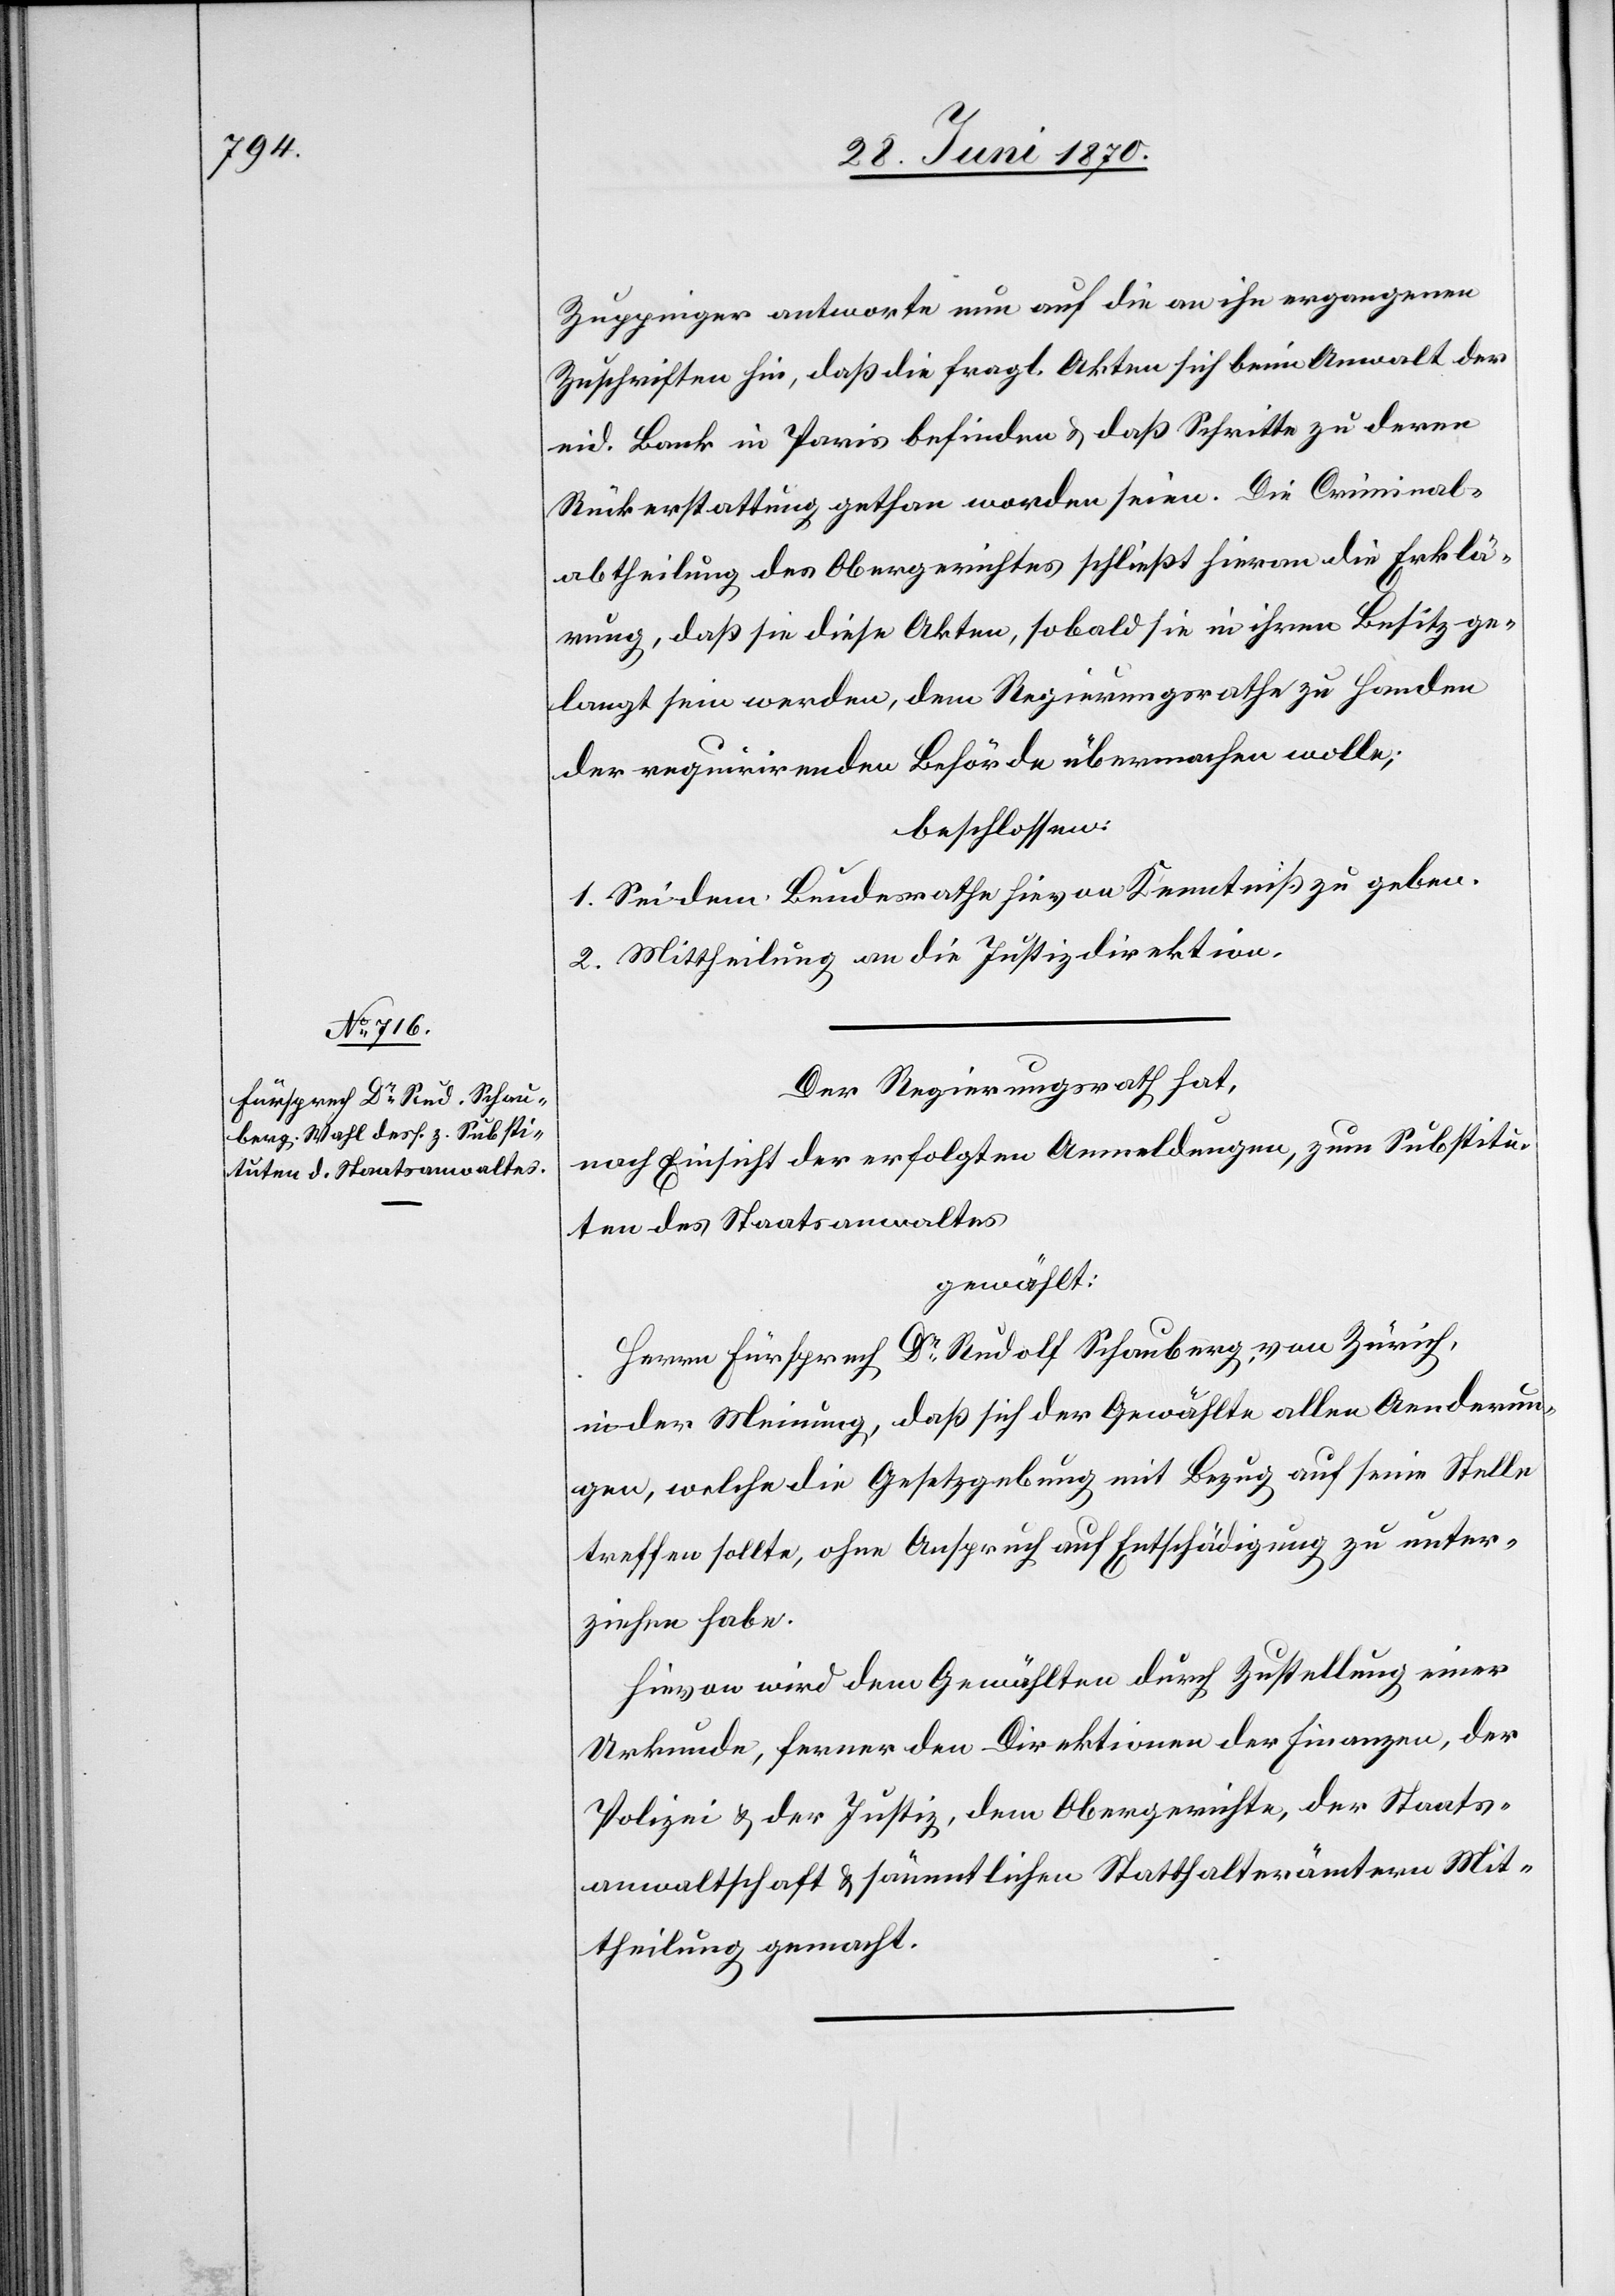
Zuppinger antworte nun auf die an ihn ergangenen
Zuschriften hin, daß die fragl. Akten sich beim Anwalt der
eid. Bank in Paris befinden & daß Schritte zu deren
Rückerstattung gethan worden seien. Die Criminal¬
abtheilung des Obergerichtes schließt hieran die Erklä¬
rung, daß sie diese Akten, sobald sie in ihrem Besitz ge¬
langt sein werden, dem Regierungsrathe zu Handen
der requirirenden Behörde übermachen wolle;
beschlossen:
1. Sei dem Bundesrathe hievon Kenntniß zu geben.
2. Mittheilung an die Justizdirektion.
Der Regierungsrath hat,
nach Einsicht der erfolgten Anmeldungen, zum Substitu¬
ten des Staatsanwaltes
gewählt:
Herrn Fürsprech Dr Rudolf Schauberg, von Zürich,
in der Meinung, daß sich der Gewählte allen Aenderun¬
gen, welche die Gesetzgebung mit Bezug auf seine Stelle
treffen sollte, ohne Anspruch auf Entschädigung zu unter¬
ziehen habe.
Hievon wird dem Gewählten durch Zustellung einer
Urkunde, ferner den Direktionen der Finanzen, der
Polizei & der Justiz, dem Obergerichte, der Staats¬
anwaltschaft & sämmtlichen Statthalterämtern Mit¬
theilung gemacht.